Leaving Certificate Examination (including Day School Certificate (Higher) General paper), 1939
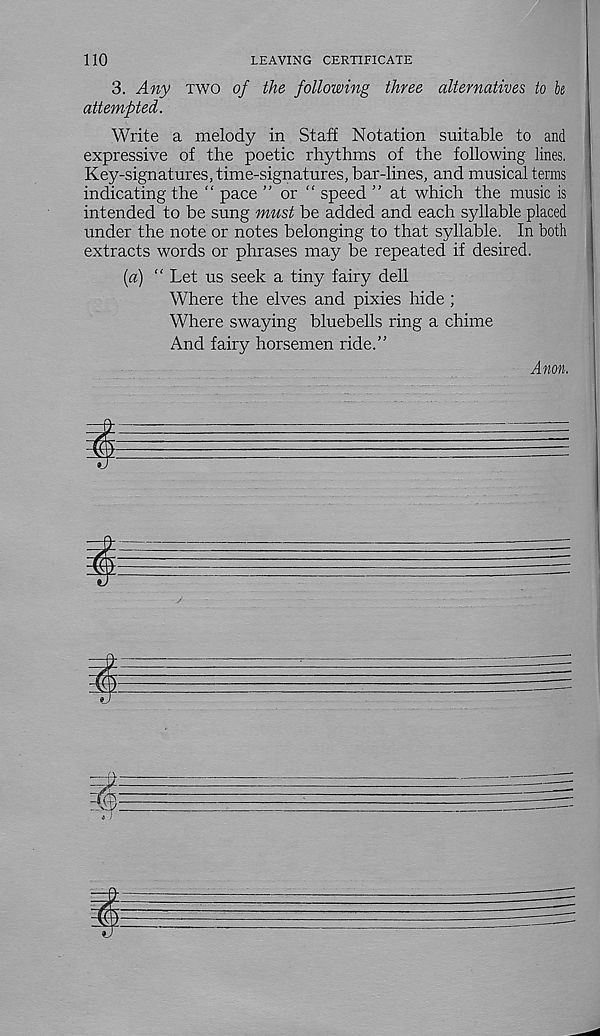
110
LEAVING CERTIFICATE
3. Any two oj the following three alternatives to k
attempted.
Write a melody in Staff Notation suitable to and
expressive of the poetic rhythms of the following lines.
Key-signatures, time-signatures, bar-lines, and musical terms
indicating the “ pace ” or “ speed ” at which the music is
intended to be sung must be added and each syllable placed
under the note or notes belonging to that syllable. In both
extracts words or phrases may be repeated if desired.
(a) “ Let us seek a tiny fairy dell
Where the elves and pixies hide ;
Where swaying bluebells ring a chime
And fairy horsemen ride.”
Anon.